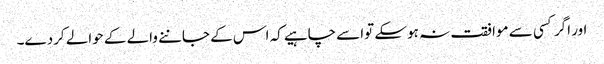
اور اگر کسی سے موافقت نہ ہوسکے تواسے چاہیے کہ اس کے جاننے والے کے حوالے کردے۔